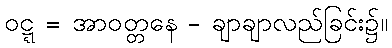
ဝဋ္ဋ = အာဝတ္တနေ - ချာချာလည်ခြင်း၌။